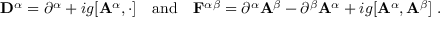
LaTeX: { \bf D } ^ { \alpha } = \partial ^ { \alpha } + i g [ { \bf A } ^ { \alpha } , \cdot ] \quad \mathrm { { a n d } } \quad { \bf F } ^ { \alpha \beta } = \partial ^ { \alpha } { \bf A } ^ { \beta } - \partial ^ { \beta } { \bf A } ^ { \alpha } + i g [ { \bf A } ^ { \alpha } , { \bf A } ^ { \beta } ] \; .